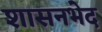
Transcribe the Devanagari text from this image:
शासनभेद